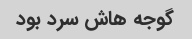
گوجه هاش سرد بود